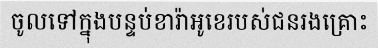
ចូលទៅក្នុងបន្ទប់ខារ៉ាអូខេរបស់ជនរងគ្រោះ